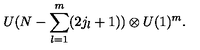
U ( N - \sum _ { l = 1 } ^ { m } ( 2 j _ { l } + 1 ) ) \otimes U ( 1 ) ^ { m } .